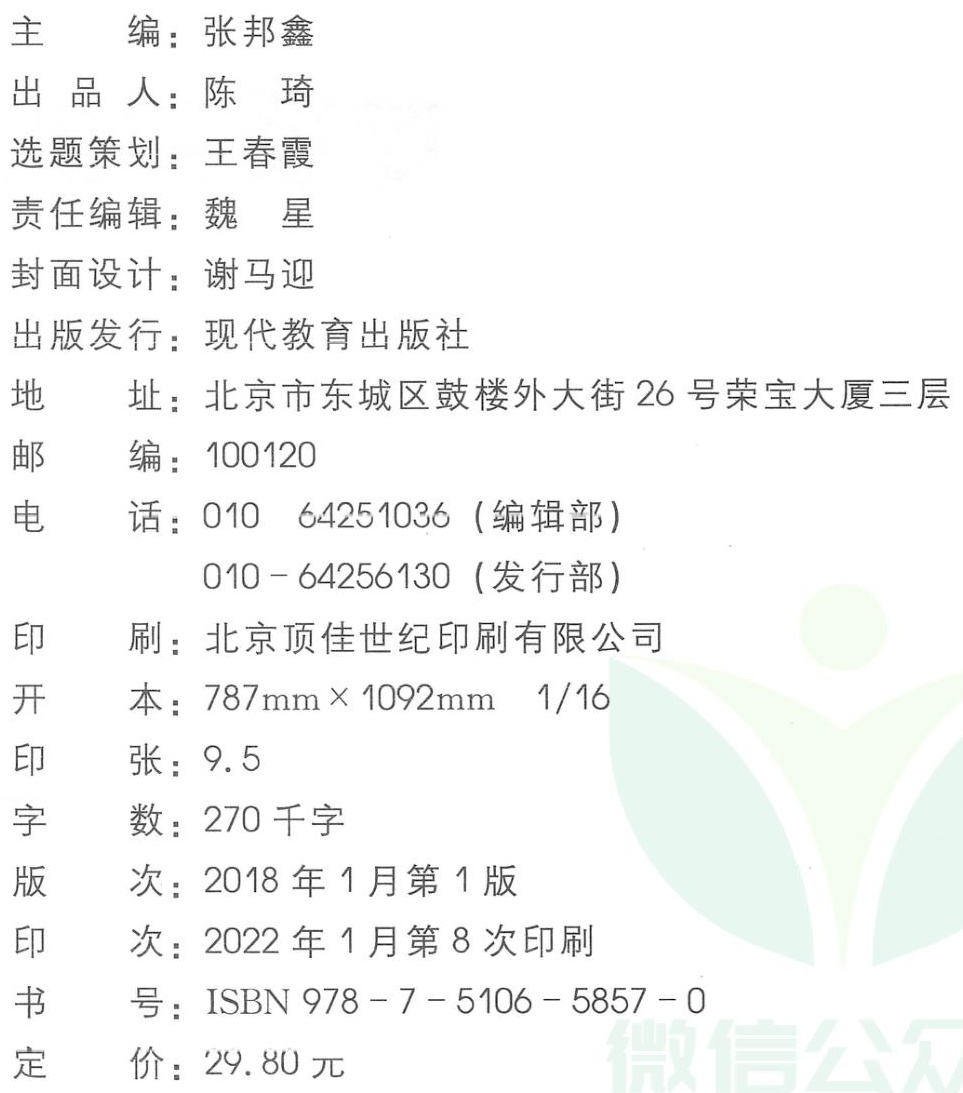
\begin{description}

\item[主　　编] {张邦鑫}

\item[出 品 人] {陈　琦}

\item[选题策划] {王春霞}

\item[责任编辑] {魏　星}

\item[封面设计] {谢马迎}

\item[出版发行] {现代教育出版社}

\item[地　　址] {北京市东城区鼓楼外大街26号荣宝大厦三层}

\item[邮　　编] {100120}

\item[电　　话] {010  64251036（编辑部）\\010 - 64256130（发行部）}

\item[印　　刷] {北京顶佳世纪印刷有限公司}

\item[开　　本] {787mm×1092mm  1/16}

\item[印　　张] {9.5}

\item[字　　数] {270千字}

\item[版　　次] {2018年1月第1版}

\item[印　　次] {2022年1月第8次印刷}

\item[书　　号] {ISBN 978 - 7 - 5106 - 5857 - 0}

\item[定　　价] {29.80元}

\end{description}